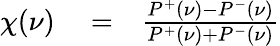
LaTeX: \begin{array}{rlr}{\chi(\nu)}&{{}=}&{\frac{P^{+}(\nu)-P^{-}(\nu)}{P^{+}(\nu)+P^{-}(\nu)}}\end{array}